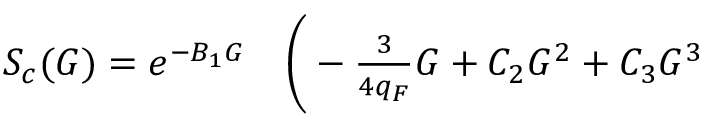
\begin{array} { r l } { S _ { c } ( G ) = e ^ { - B _ { 1 } G } } & { { } \bigg ( - \frac { 3 } { 4 q _ { F } } G + C _ { 2 } G ^ { 2 } + C _ { 3 } G ^ { 3 } } \end{array}